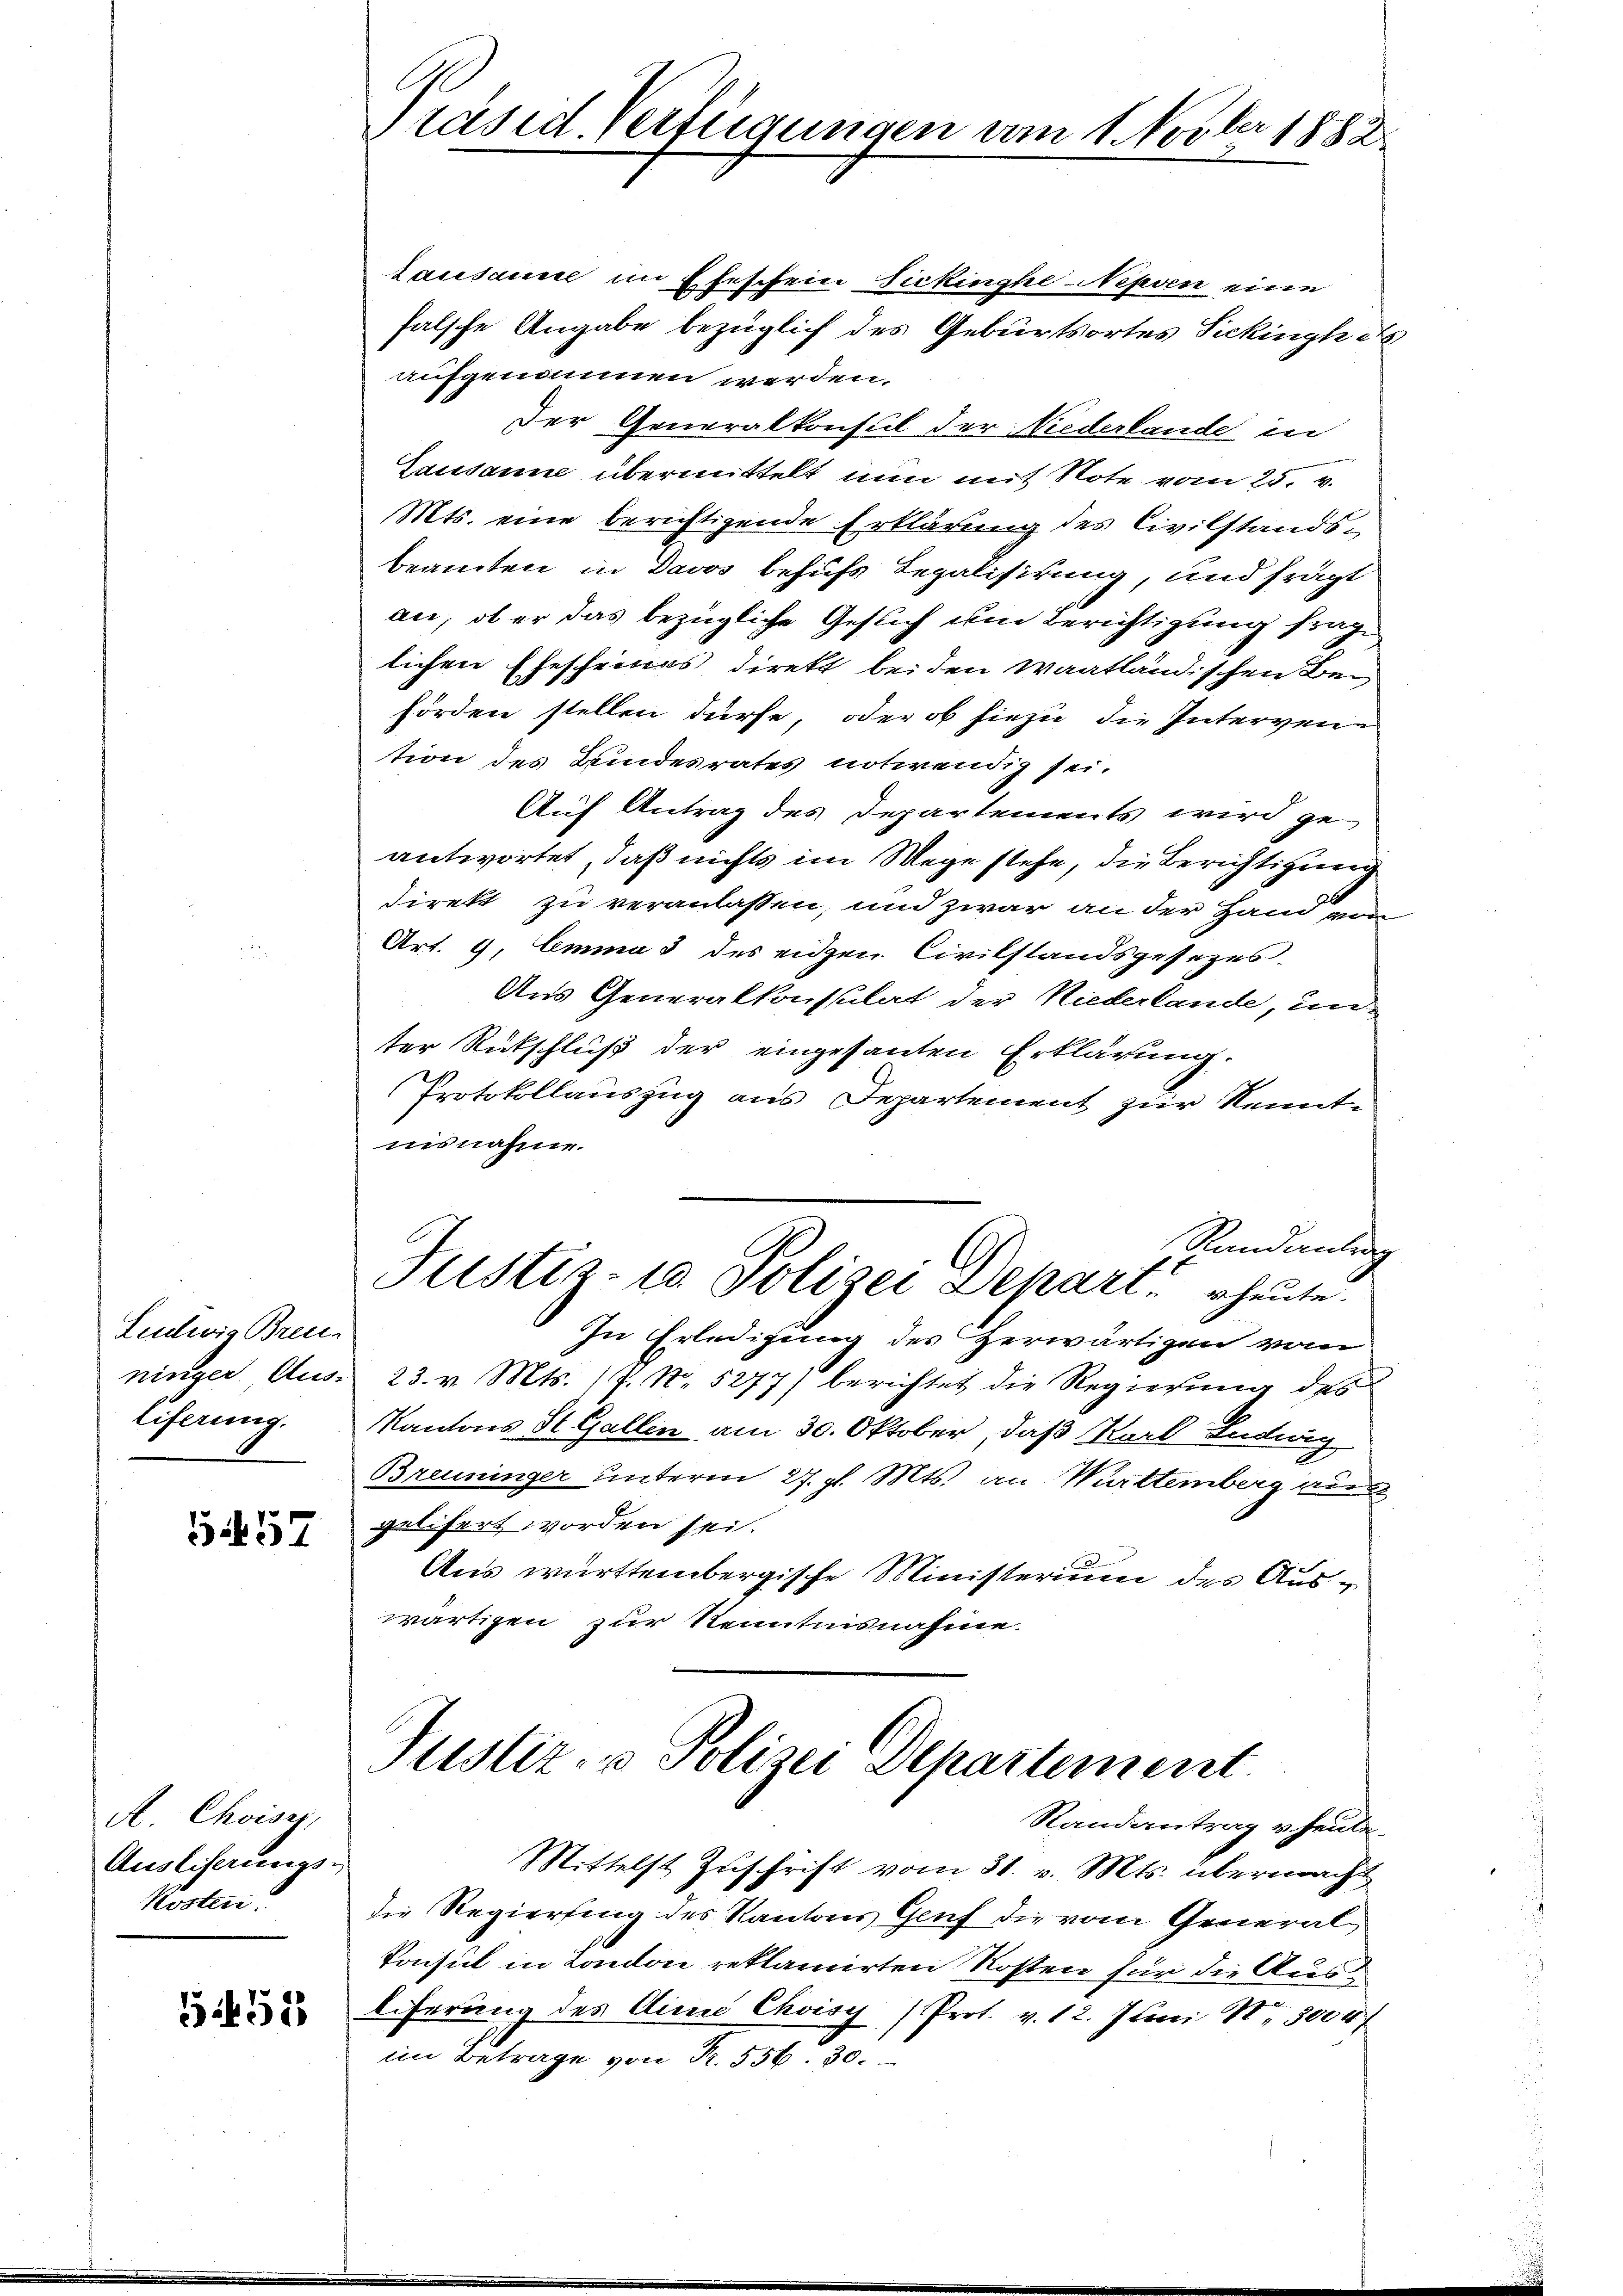
Ludwig Brenn
ninger Aus-
liferung.

5457

A. Choisi,
Ausliserungs-
Kosten.

G1451

Präsid. Verfügungen am 1. Novber 1882

Lausanne im Eheschein Sickinghe Nepven eine
falsche Angabe bezüglich des Geburtsortes Sickinghes
aufgenommen werden.
Der Generalkonsul der Niederlande in
Gausanne übermittelt nun mit Note vom 28. v.
Mts. eine berichtigende Erklärung des Civilstandsbeamten in Davos behufs Legalisirung, und frägt
an, ob er das bezügliche Gesuch um Berichtigung frage
lichen Ehescheines direkt beiden Waatländischen Bei
förden stellen dürfe, oder ob hiezu die Intervention des Bundesrates notwendig sei.
Auf Antrag des Departements wird ge
antwortet, daß nichts im Wege stehe, die Berichtigung
direkt zu veranlassen, und zwar an der Hand von
Art. 9, Emma 3 des eiden Civilstandsgesezes.
Aus Generalkonsulat der Niederlande, un
ter Rütschluß der eingesanten Erklärung.
Protokollauszug aus Departement zur Kenntinsnahme.
Randantrag
Justiz- 10 Polizei Depart heute.
In Erledigung des Herwärtigen vom
23. v. Mts. (P. N. 5277) berichtet die Regierung des
Kantons St. Gallen am 30. Oktober, daß Karl Ludwig
Brenninger unterm 27. gl. Mts. an Württemberg au
gelisert worden sei.
Aus württembergische Ministerium des Auswärtigen zur Kenntnisnahme.

Justiz- u Polizei Departement
Randantrag v. heute.

Mittelst Zuschrift vom 31. v. Mts. übermacht
die Regierung des Kantons Genf die vom General
Konsul in London reklamirten Rosten für die Ausliferung des Ain Choisy (Prot. v. 12. Juni N. 3000f
im Betrage von Fr. 556. 30.